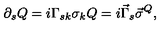
\partial _ { s } Q = i \Gamma _ { s k } \sigma _ { k } Q = i \vec { \Gamma } _ { s } \vec { \sigma } ^ { Q } ,